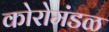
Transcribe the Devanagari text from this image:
कोरोमंडळ